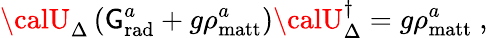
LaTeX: {\calU}_{\Delta}\left(\mathsf{G}_{\mathrm{{rad}}}^{a}+g\rho_{\mathrm{{matt}}}^{a}\right){\calU}_{\Delta}^{\dagger}=g\rho_{\mathrm{{matt}}}^{a}\ ,